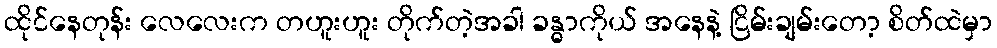
ထိုင်နေတုန်း လေလေးက တဟူးဟူး တိုက်တဲ့အခါ ခန္ဓာကိုယ် အနေနဲ့ ငြိမ်းချမ်းတော့ စိတ်ထဲမှာ